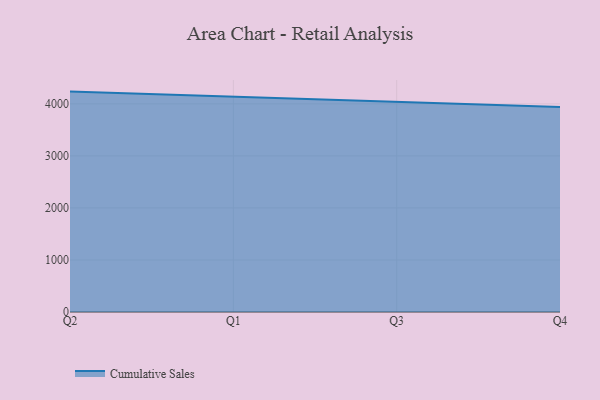
{"axis": {"x": "Quarter", "y": "Conversion Rate (%)"}, "legend": ["Cumulative Sales"], "data": [{"x": "Q2", "y": 4234.9, "type": "Cumulative Sales"}, {"x": "Q1", "y": 4138.7, "type": "Cumulative Sales"}, {"x": "Q3", "y": 4029.5, "type": "Cumulative Sales"}, {"x": "Q4", "y": 3938.8, "type": "Cumulative Sales"}]}